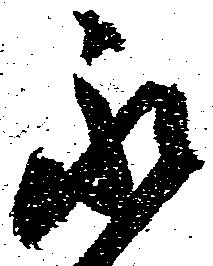
永